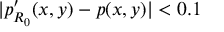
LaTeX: | p _ { R _ { 0 } } ^ { \prime } ( x , y ) - p ( x , y ) | < 0 . 1